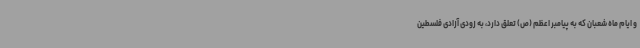
و ایام ماه شعبان که به پیامبر اعظم (ص) تعلق دارد، به زودی آزادی فلسطین